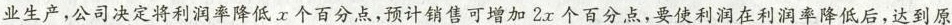
业生产，公司决定将利润率降低 x 个百分点，预计销售可增加 2x 个百分点，要使利润在利润率降低后，达到原